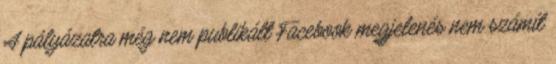
A pályázatra még nem publikált Facebook megjelenés nem számít